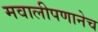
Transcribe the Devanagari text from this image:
मवालीपणानेच